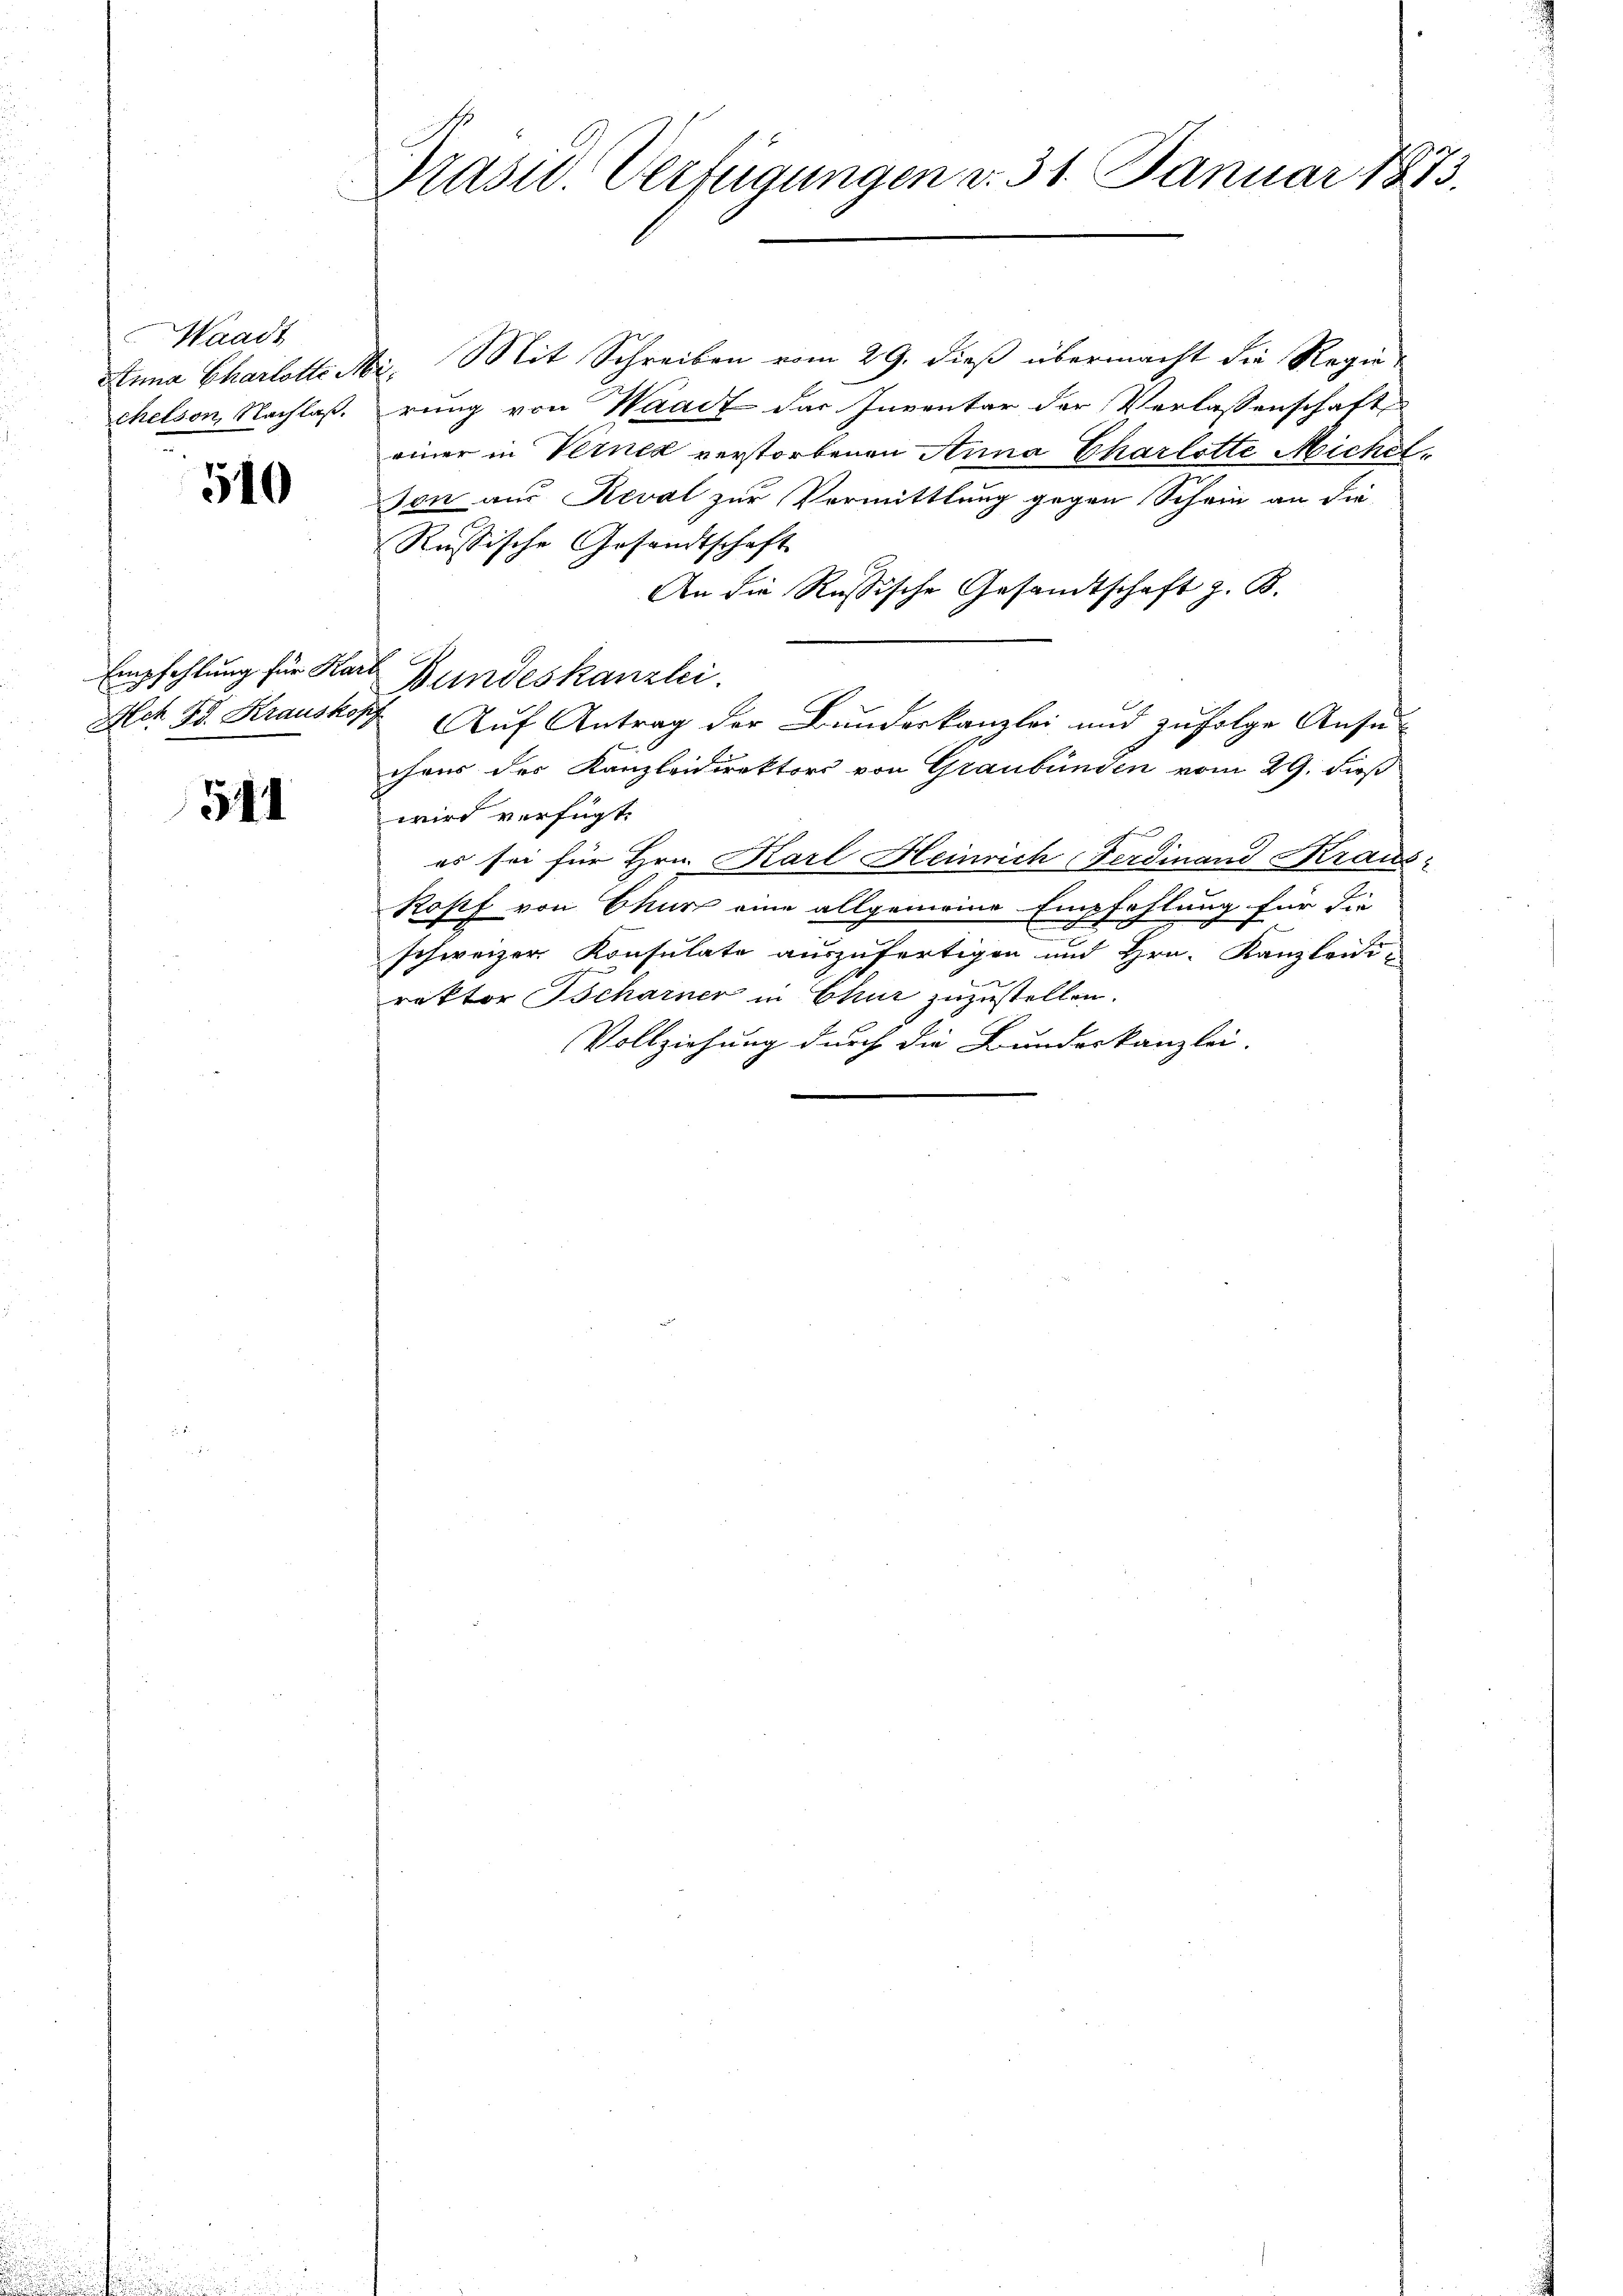
Waadt
Anna Charlotte d
chelson, Nachlaß.

510

Het Fr. Krauskop,

544

Prasw. Verfügungen v. 31. Januar 1873.

Mit Schreiben vom 29. dieß übermacht die Regie¬
.
rung von Waadt das Inventar der Verlassenschaft
einer in Verner verstorbenen Anna Charlotte Michel
son aus Reval zur Vermittlung gegen Schein an die
Russische Gesandtschaft
An die Russische Gesandtschaft z. B.
chres des Kanzleidirektors von Graubünden vom 29. dieß
wird verfügt:
es sei für Hrn. Karl Heinrich Ferdinand Kraus-
Kopf von Ekurz eine allgemeine Empfehlung für die
schweizer Konsulate auszufertigen und Hrn. Kanzleii
rektor Scharner in Chur zuzustellen.
Vollziehung durch die Bundeskanzlei-

Empfehlung für Karl Bundeskanzlei.

Auf Antrag der Bunderkanzlei und zufolge Ansu-